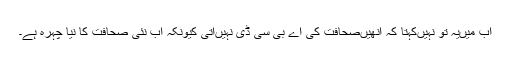
اب میںیہ تو نہیںکہتا کہ انھیںصحافت کی اے بی سی ڈی نہیںآتی کیونکہ اب نئی صحافت کا نیا چہرہ ہے۔